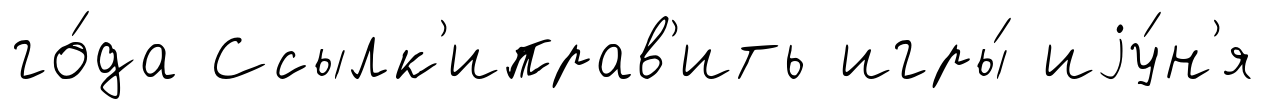
го́да Ссылк'иправ'ить игры́ иjу́н'я